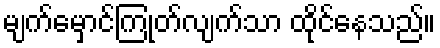
မျက်မှောင်ကြုတ်လျက်သာ ထိုင်နေသည်။